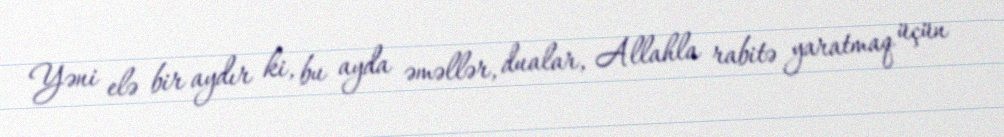
Yəni elə bir aydır ki, bu ayda əməllər, dualar, Allahla rabitə yaratmaq üçün